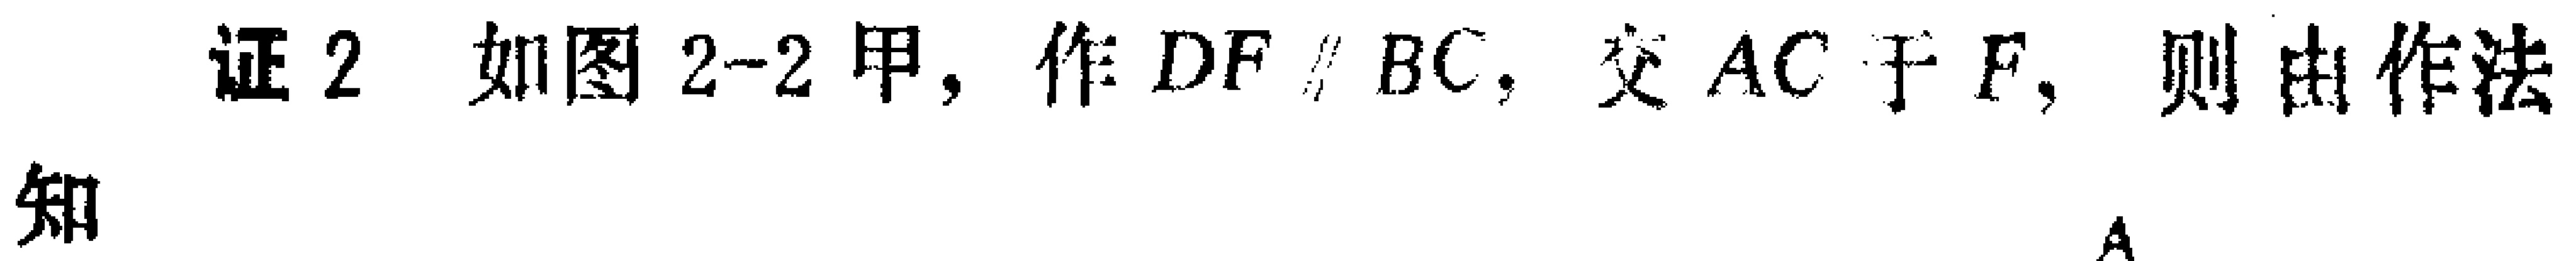
证2 如图2-2甲，作\(DF \parallel BC\)，交\(AC\)于\(F\)，则由作法

知